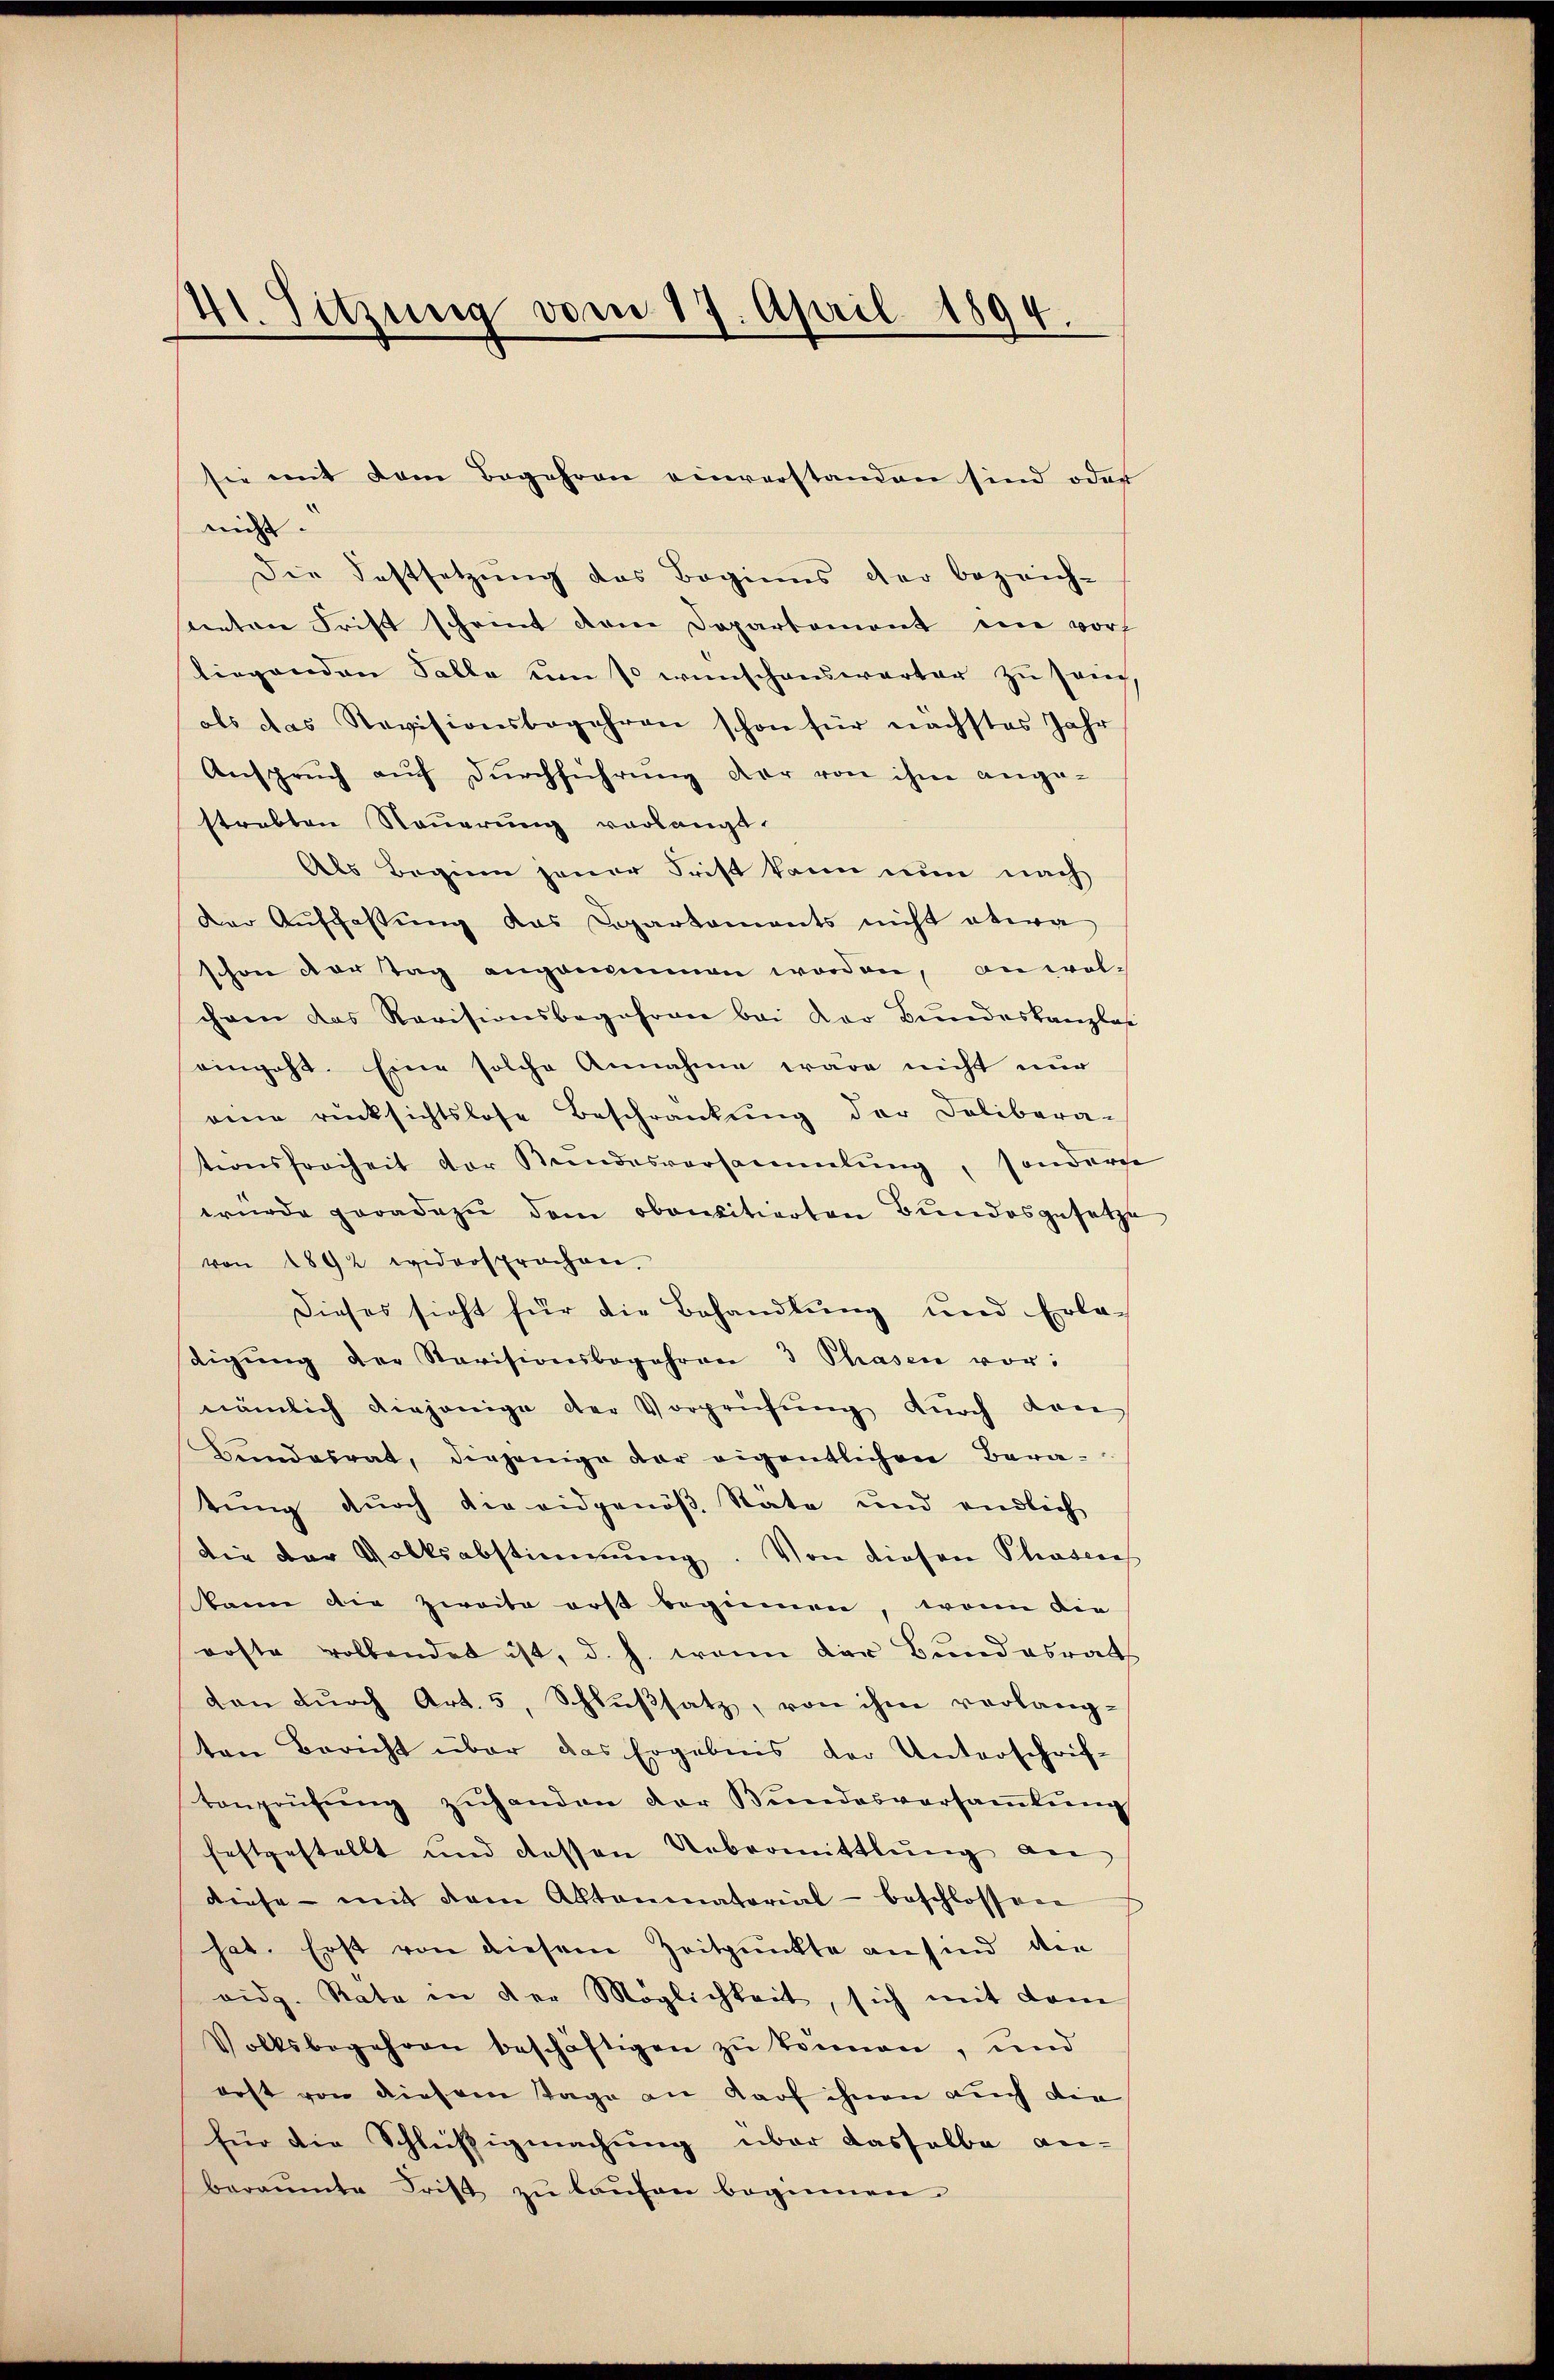
41. Sitzung vom 17. April 1894.

nicht.
Die Festsetzŭng des Beginns der bezeich-
santen Frist scheint dem Departemont ein vorh
liegenden Falle um so wünschenswarter zu sang,
als das Revisionsbegehren schon für nächstes Jahr
Ansprech aŭf Dŭrchführŭng der von ihm ange-
strebten Steuerung verlangt.
Als Beginn jener Frist kann nun nach
der Auffassung das Departaments nicht etwa
schon der tag angoimmen worden, an welihren das Revisionsbegehren bei der Bundeskanzlosi
eingeht. Eine solche Annahme wäre nicht nur
eine rücksichtslose Beschränkung der Delibera-
tionsfreiheit der Kundesversammlung, sonderne
wurde geradezu dem obensitierten Bundesgesetze
von 1892 widersprochen.
Dieses sicht für die Behandlung und Erla-
digŭng der Revisionsbegehren 3 Phasen vor:
nämlich diejenige der Vorprüfung durch den
Bundesrat, diejenige der eigentlichen Beratŭng dŭrch die eidgenöβ Stäte und endlich
die der Volksabstimmung. Von diesen Pharlich
kann die Zweite erst beginnen, wenn die
rofte vollendet ist, d. h. wenn der Bundesrat
von dŭrch Art. 5, Schlŭβsatz, von ihm verlang-
ten Bericht über das Ergebnis der Unterschrif-
tenprüfŭng zuhanden der Bundesversamlung
festgestellt und dessen Uebermittlung an
diese - mit dem Aktenmatorial - beschlossen
hat. Erst von diesem Zeitpunkte an sind, den
vidg. Rata in der Möglichkeit, sich mit dem
Volksbegehren beschäftigen zŭ können, und
erst von diesem Tage an darf ihnen auch die
für die Schlüßigmachung über dasselbe an-
beraumte Frist zŭ laŭfen beginnen.

sie mit dem Begehren einverstanden sind oder